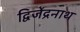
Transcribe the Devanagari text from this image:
द्विजेंद्रनाथ